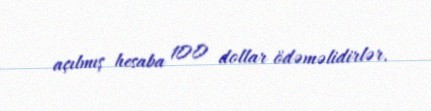
açılmış hesaba 100 dollar ödəməlidirlər.